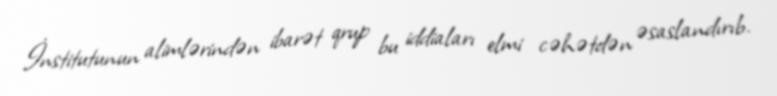
İnstitutunun alimlərindən ibarət qrup bu iddiaları elmi cəhətdən əsaslandırıb.